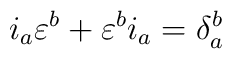
i_{a}\varepsilon^{b} + \varepsilon^{b}i_{a} = \delta_{a}^{b}